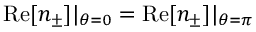
\mathrm { R e } [ n _ { \pm } ] | _ { \theta = 0 } = \mathrm { R e } [ n _ { \pm } ] | _ { \theta = \pi }